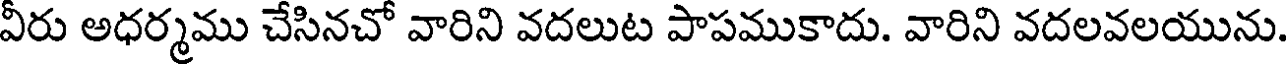
వీరు అధర్మము చేసినచో వారిని వదలుట పాపముకాదు. వారిని వదలవలయును.